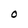
Character: O